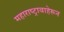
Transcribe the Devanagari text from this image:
महाराष्ट्राबाहेरून